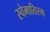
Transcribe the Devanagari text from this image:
स्चेमातिस्म